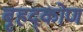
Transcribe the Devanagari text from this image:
बृहद्कोण